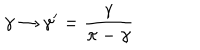
\gamma \to \gamma ^ { \prime } = \frac { \gamma } { \pi - \gamma }